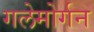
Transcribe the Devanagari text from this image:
गलेमोर्गन